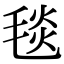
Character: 毯